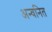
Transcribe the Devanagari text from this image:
अन्वनित